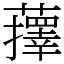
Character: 蘀